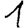
Digit: 1